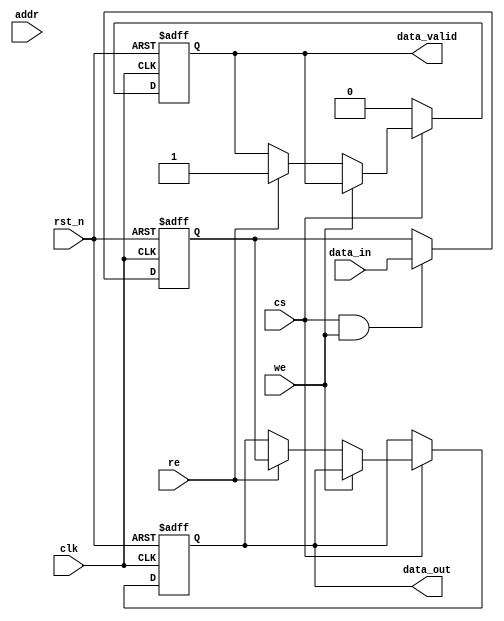
module mram_io_block (
    input wire clk,                // System clock
    input wire rst_n,              // Active low reset
    input wire cs,                 // Chip Select
    input wire we,                 // Write Enable
    input wire re,                 // Read Enable
    input wire [ADDR_WIDTH-1:0] addr, // Address bus
    input wire [DATA_WIDTH-1:0] data_in, // Data input bus
    output reg [DATA_WIDTH-1:0] data_out, // Data output bus
    output reg data_valid          // Data valid signal
);

    parameter ADDR_WIDTH = 8;     // Address width
    parameter DATA_WIDTH = 16;     // Data width

    reg [DATA_WIDTH-1:0] data_buffer; // Buffer for data input
    reg [ADDR_WIDTH-1:0] addr_latch;  // Latch for address
    reg write_enable_latch;           // Latch for write enable
    reg read_enable_latch;            // Latch for read enable

    // Timing control signals
    reg write_enable;
    reg read_enable;

    // Power management signals (example)
    reg power_on;

    // Input Buffer: Latch data on write enable
    always @(posedge clk or negedge rst_n) begin
        if (!rst_n) begin
            data_buffer <= 0;
            write_enable_latch <= 0;
        end else if (cs && we) begin
            data_buffer <= data_in; // Latch data
            write_enable_latch <= 1; // Assert write enable latch
        end else begin
            write_enable_latch <= 0; // Deassert write enable latch
        end
    end

    // Address Latching
    always @(posedge clk or negedge rst_n) begin
        if (!rst_n) begin
            addr_latch <= 0;
        end else if (cs && (we || re)) begin
            addr_latch <= addr; // Latch address on CS and WE/RE
        end
    end

    // Read/Write Control Logic
    always @(posedge clk or negedge rst_n) begin
        if (!rst_n) begin
            read_enable <= 0;
            write_enable <= 0;
            data_out <= 0;
            data_valid <= 0;
        end else begin
            if (cs) begin
                if (we) begin
                    // Write operation
                    write_enable <= 1;
                    // Here you would typically write to the MRAM core
                end else if (re) begin
                    // Read operation
                    read_enable <= 1;
                    // Here you would typically read from the MRAM core
                    data_out <= data_buffer; // Simulate data read
                    data_valid <= 1; // Assert data valid
                end
            end else begin
                read_enable <= 0;
                write_enable <= 0;
                data_valid <= 0; // Deassert data valid
            end
        end
    end

    // Power Management Logic (example)
    always @(posedge clk or negedge rst_n) begin
        if (!rst_n) begin
            power_on <= 0;
        end else begin
            // Example condition to power on/off
            if (cs) begin
                power_on <= 1; // Power on when chip is selected
            end else begin
                power_on <= 0; // Power off when not selected
            end
        end
    end

endmodule